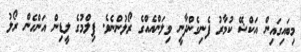
މިބައިގައިން އަކްޝޭ ކުމާރު ފެނިގެންދާނީ ވިލަންއެއްގެ ރޯލުންނެވެ. ފިލްމުގެ ލީޑިން އަންހެން ރޯލު